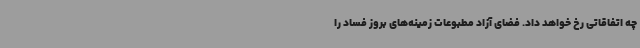
چه اتفاقاتی رخ خواهد داد. فضای آزاد مطبوعات زمینه‌های بروز فساد را